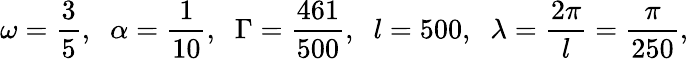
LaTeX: \omega=\frac{3}{5},\; \; \alpha=\frac{1}{10},\; \; \Gamma=\frac{461}{500},\; \; l=500,\; \; \lambda=\frac{2\pi}{l}=\frac{\pi}{250},